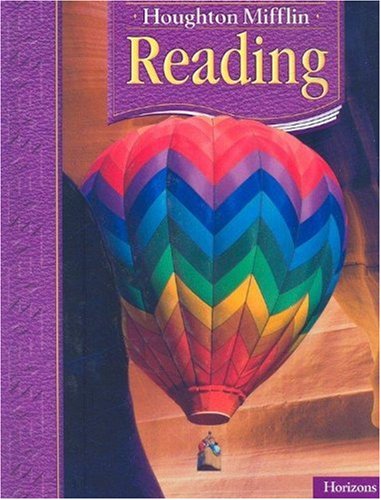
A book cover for Reading. Level 3.2 (Houghton Mifflin. Horizons); HOUGHTON MIFFLIN; Children's Books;